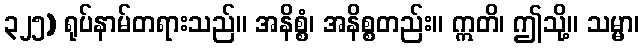
၃၂၅) ရုပ်နာမ်တရားသည်။ အနိစ္စံ၊ အနိစ္စတည်း။ ဣတိ၊ ဤသို့။ သမ္မာ၊